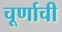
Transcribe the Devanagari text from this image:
चूर्णाची